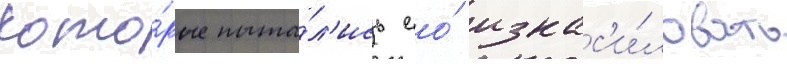
кото́рые пыта́л'ись ео́ изнас'и́ловать